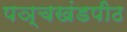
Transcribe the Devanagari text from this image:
पञ्चखंडपीठ